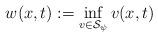
LaTeX: \begin{align*} w(x,t):=\inf_{v\in\mathcal{S}_\psi}v(x,t)\end{align*}